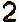
2